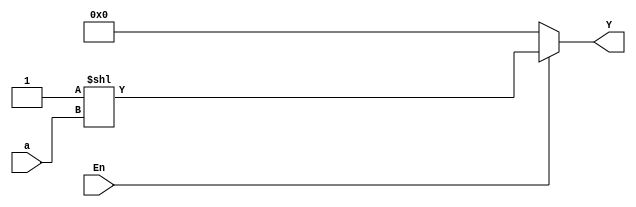
module dec2to4(a, En, Y);
  input [1:0] a;
  input En;
  output reg [3:0] Y;
  /*
  // Can be done using multiple assign statements 
  assign Y[0] = (En & ~a[1] & ~a[0]);
  assign Y[1] = (En & ~a[1] & a[0]);
  assign Y[2] = (En & a[1] & ~a[0]);
  assign Y[3] = (En & a[1] & a[0]);
  */
  // or a short version with one assign statement 
  // When enable is one 1 is right shifted by a bits 
  assign Y = En ? (1<<a) : (4'b0000);
endmodule